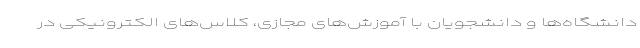
دانشگاه‌ها و دانشجویان با آموزش‌های مجازی، کلاس‌های الکترونیکی در